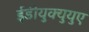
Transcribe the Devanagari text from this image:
ईडीयुक्युयुए